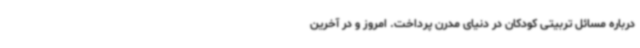
درباره مسائل تربیتی کودکان در دنیای مدرن پرداخت. امروز و در آخرین